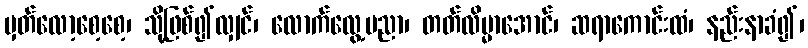
မှတ်လော့စေ့စေ့၊ သို့ဖြစ်၍လျှင်၊ လောက်လွေ့ပညာ၊ တတ်လိမ္မာအောင်၊ ဆရာကောင်းထံ၊ နည်းနာခံ၍၊